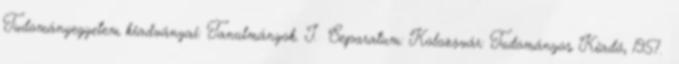
Tudományegyetem kiadványai: Tanulmányok. I. Separatum: Kolozsvár: Tudományos Kiadó, 1957.